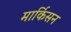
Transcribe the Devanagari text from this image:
मार्किसन